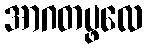
အာဂတပ္ဖလေ